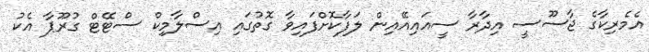
އެމެރިކާގެ ޖާސޫސީ އިދާރާ ސީއައިއޭއިން ލަފާކޮށްފައިވާ ގޮތުގައި އިސްލާމިކް ސްޓޭޓް ގުރޫޕާ އެކު